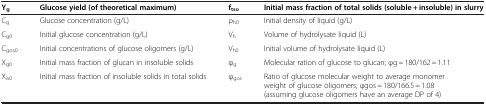
<table><thead><tr><td><b>Y<sub>g</sub></b></td><td><b>Glucose yield (of theoretical maximum)</b></td><td><b>f<sub>tso</sub></b></td><td><b>Initial mass fraction of total solids (soluble + insoluble) in slurry</b></td></tr></thead><tbody><tr><td>C<sub>g</sub></td><td>Glucose concentration (g/L)</td><td>ρ<sub>h0</sub></td><td>Initial density of liquid (g/L)</td></tr><tr><td>C<sub>g0</sub></td><td>Initial glucose concentration (g/L)</td><td>V<sub>h</sub></td><td>Volume of hydrolysate liquid (L)</td></tr><tr><td>C<sub>gos0</sub></td><td>Initial concentrations of glucose oligomers (g/L)</td><td>V<sub>h0</sub></td><td>Initial volume of hydrolysate liquid (L)</td></tr><tr><td>X<sub>g0</sub></td><td>Initial mass fraction of glucan in insoluble solids</td><td>φ<sub>g</sub></td><td>Molecular ration of glucose to glucan; φg = 180/162 = 1.11</td></tr><tr><td>X<sub>is0</sub></td><td>Initial mass fraction of insoluble solids in total solids</td><td>φ<sub>gos</sub></td><td>Ratio of glucose molecular weight to average monomer weight of glucose oligomers; φgos = 180/166.5 = 1.08 (assuming glucose oligomers have an average DP of 4)</td></tr></tbody></table>